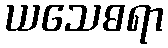
ယသေဓရာ